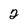
Character: 2